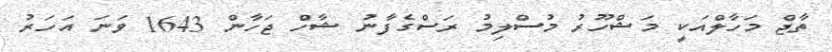
ތާޖް މަހާލްއަކީ މަޝްހޫރު މުސްލިމު ރަސްގެފާނު ޝާހް ޖަހާން 1643 ވަނަ އަހަރު